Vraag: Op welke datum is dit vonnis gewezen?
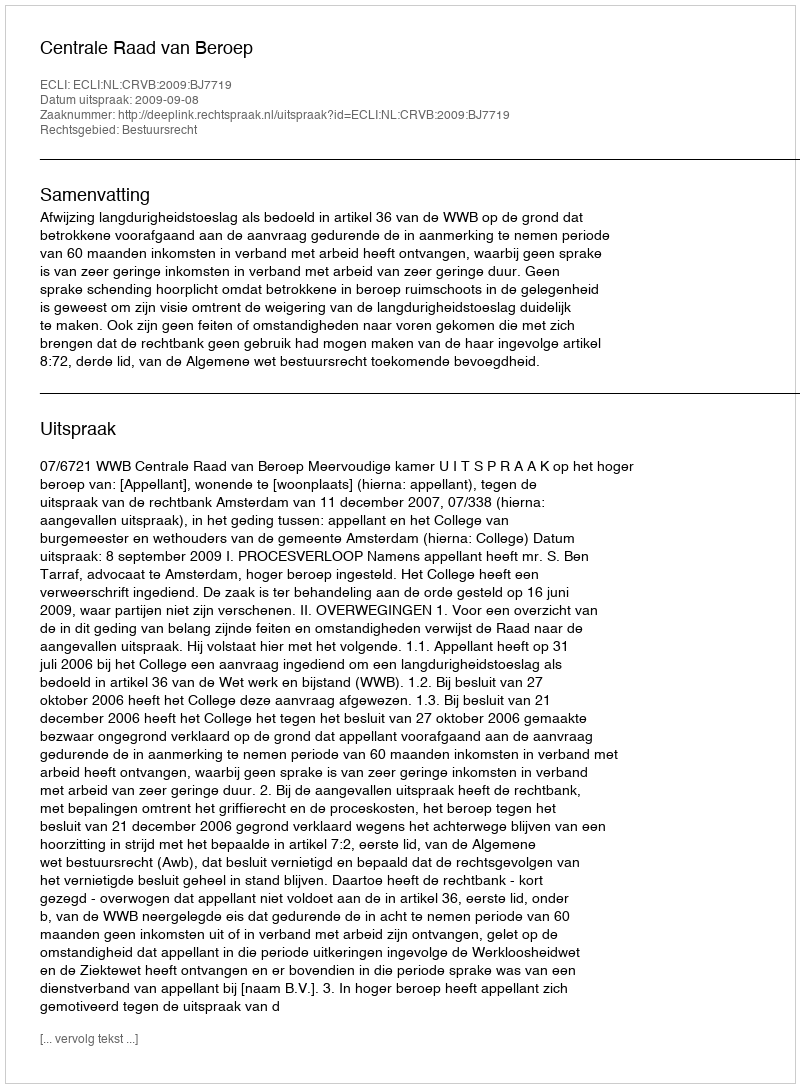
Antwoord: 2009-09-08